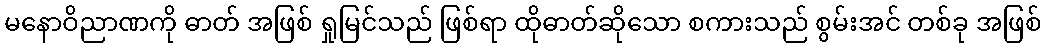
မနောဝိညာဏကို ဓာတ် အဖြစ် ရှုမြင်သည် ဖြစ်ရာ ထိုဓာတ်ဆိုသော စကားသည် စွမ်းအင် တစ်ခု အဖြစ်